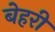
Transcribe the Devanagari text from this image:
बेहरी